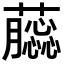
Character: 𧂿